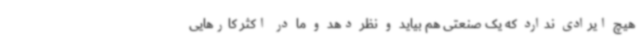
هیچ ایرادی ندارد که یک صنعتی هم بیاید و نظر دهد و ما در اکثر کارهایی